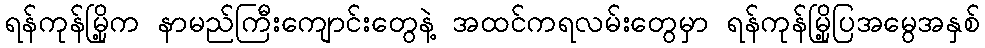
ရန်ကုန်မြို့က နာမည်ကြီးကျောင်းတွေနဲ့ အထင်ကရလမ်းတွေမှာ ရန်ကုန်မြို့ပြအမွေအနှစ်